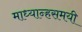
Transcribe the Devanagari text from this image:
माध्यान्हसमयी